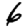
Digit: 6